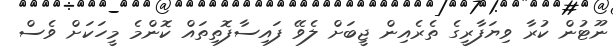
ނޫޓުން ކުރާ ވިޔަފާރީގެ ތެރެއިން ޖީބަށް ލެވޭ ފައިސާފޮތިތައް ކޮންމެ މީހަކަށް ވެސް